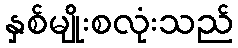
နှစ်မျိုးစလုံးသည်